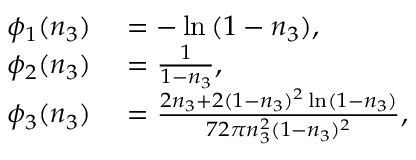
\begin{array} { r l } { \phi _ { 1 } ( n _ { 3 } ) } & { { } = - \ln { ( 1 - n _ { 3 } ) } , } \\ { \phi _ { 2 } ( n _ { 3 } ) } & { { } = \frac { 1 } { 1 - n _ { 3 } } , } \\ { \phi _ { 3 } ( n _ { 3 } ) } & { { } = \frac { 2 n _ { 3 } + 2 ( 1 - n _ { 3 } ) ^ { 2 } \ln ( 1 - n _ { 3 } ) } { 7 2 \pi n _ { 3 } ^ { 2 } ( 1 - n _ { 3 } ) ^ { 2 } } , } \end{array}